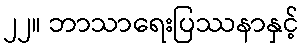
၂၂။ ဘာသာရေးပြဿနာနှင့်